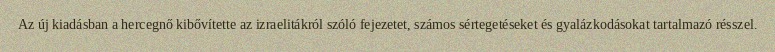
Az új kiadásban a hercegnő kibővítette az izraelitákról szóló fejezetet, számos sértegetéseket és gyalázkodásokat tartalmazó résszel.